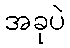
အခုပဲ